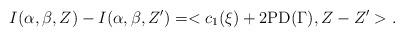
LaTeX: \begin{align*} I(\alpha,\beta,Z)-I(\alpha,\beta,Z')=<c_{1}(\xi)+2\mathrm{PD}(\Gamma),Z-Z'>. \end{align*}